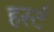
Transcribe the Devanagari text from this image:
हर्स्ट